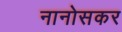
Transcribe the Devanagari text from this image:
नानोसकर